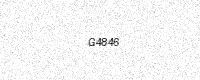
Text: G4846